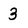
Character: 3